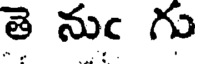
తె నుఁ గు